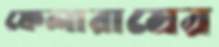
ফেলারামের